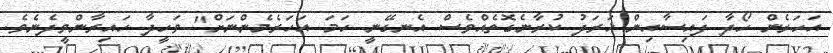
އަހަރެން ހޯދާ ފައިސާއިން ޚަރަދު ކުރާނެގޮތެއްވެސް އެނގޭނީ ހަމަ އަހަރެމެންނަށް" ވަހީދާ ހައިރާންވީދެނެވެ.